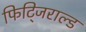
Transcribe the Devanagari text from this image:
फिट्जिराल्ड